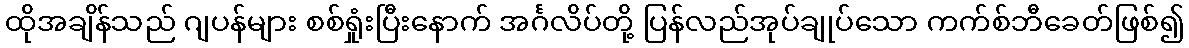
ထိုအချိန်သည် ဂျပန်များ စစ်ရှုံးပြီးနောက် အင်္ဂလိပ်တို့ ပြန်လည်အုပ်ချုပ်သော ကက်စ်ဘီခေတ်ဖြစ်၍